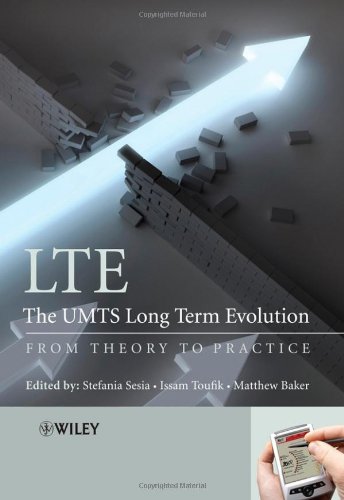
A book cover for LTE, The UMTS Long Term Evolution: From Theory to Practice; Computers & Technology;